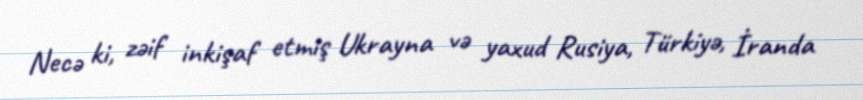
Necə ki, zəif inkişaf etmiş Ukrayna və yaxud Rusiya, Türkiyə, İranda